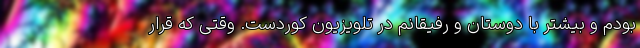
بودم و بیشتر با دوستان و رفیقانم در تلویزیون کوردست. وقتی که قرار